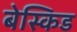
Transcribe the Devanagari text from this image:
बेस्किड